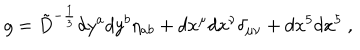
g = { \tilde { D } } ^ { - { \frac { 1 } { 3 } } } d y ^ { a } d y ^ { b } \eta _ { a b } + d x ^ { \mu } d x ^ { \nu } \delta _ { \mu \nu } + d x ^ { 5 } d x ^ { 5 } \ ,